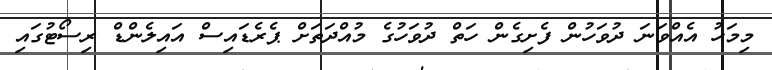
މިމަހު އެއްވަނަ ދުވަހުން ފެށިގެން ހަތް ދުވަހުގެ މުއްދަތަށް ޕެރެޑައިސް އައިލެންޑް ރިސޯޓުގައި